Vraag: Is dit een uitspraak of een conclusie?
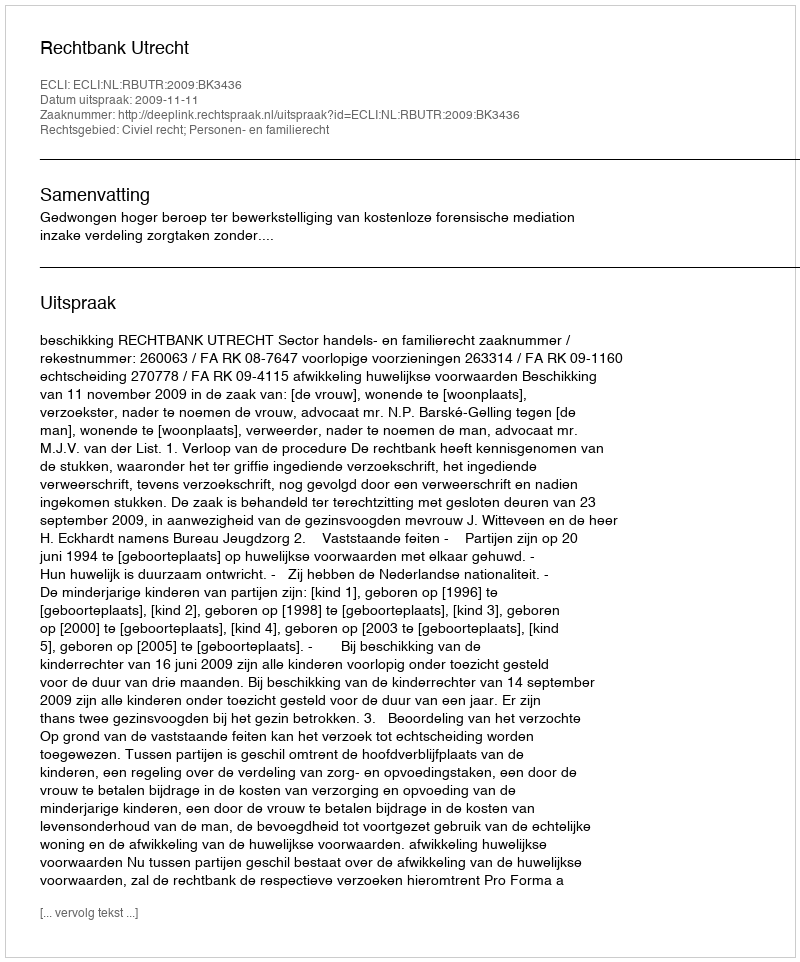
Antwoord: Uitspraak